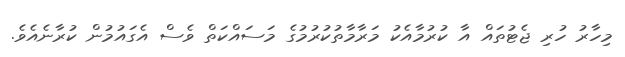
މިހާރު ހުރި ޖެޓުތައް އާ ކުރުމާއެކު މަރާމާތުކުރުމުގެ މަސައްކަތް ވެސް އެގައުމުން ކުރާނެއެވެ.